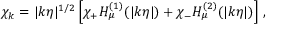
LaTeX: \chi _ { k } = | k \eta | ^ { 1 / 2 } \left[ \chi _ { + } H _ { \mu } ^ { ( 1 ) } ( | k \eta | ) + \chi _ { - } H _ { \mu } ^ { ( 2 ) } ( | k \eta | ) \right] \, ,